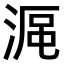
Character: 𣸰